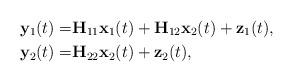
LaTeX: \begin{align*}\mathbf{y}_1(t)=&\mathbf{H}_{11}\mathbf{x}_1(t)+\mathbf{H}_{12}\mathbf{x}_2(t)+\mathbf{z}_1(t),\\\mathbf{y}_2(t)=&\mathbf{H}_{22}\mathbf{x}_2(t)+\mathbf{z}_2(t),\end{align*}